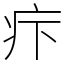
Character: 疜